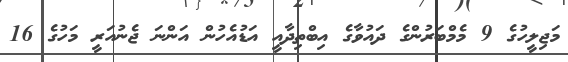
މަޖިލީހުގެ 9 މެމްބަރުންގެ ދައުވާގެ އިބްތިދާއީ އަޑުއެހުން އަންނަ ޖެނުއަރީ މަހުގެ 16